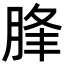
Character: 䏺